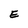
Character: E